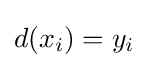
d(x_{i})=y_{i}